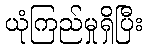
ယုံကြည်မှုရှိပြီး